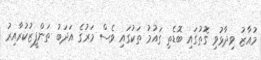
މުއާޒު ވިދާޅުވި ގޮތުގައި ބޮޑެތި ގައުމު ތަކުގައި ވެސް މަރުގެ އަދަބު ތަންފީޒުކުރާއިރު